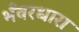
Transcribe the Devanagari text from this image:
भँवरधारा